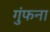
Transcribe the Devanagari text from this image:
गुंफना